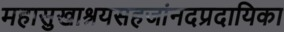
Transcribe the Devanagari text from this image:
महासुखाश्रयसहजांनदप्रदायिका